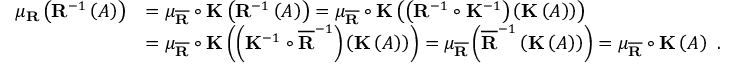
\begin{array} { r l } { \mu _ { \mathbf { R } } \left( \mathbf { R } ^ { - 1 } \left( A \right) \right) } & { = \mu _ { \overline { { \mathbf { R } } } } \circ \mathbf { K } \left( \mathbf { R } ^ { - 1 } \left( A \right) \right) = \mu _ { \overline { { \mathbf { R } } } } \circ \mathbf { K } \left( \left( \mathbf { R } ^ { - 1 } \circ \mathbf { K } ^ { - 1 } \right) \left( \mathbf { K } \left( A \right) \right) \right) } \\ & { = \mu _ { \overline { { \mathbf { R } } } } \circ \mathbf { K } \left( \left( \mathbf { K } ^ { - 1 } \circ \overline { { \mathbf { R } } } ^ { - 1 } \right) \left( \mathbf { K } \left( A \right) \right) \right) = \mu _ { \overline { { \mathbf { R } } } } \left( \overline { { \mathbf { R } } } ^ { - 1 } \left( \mathbf { K } \left( A \right) \right) \right) = \mu _ { \overline { { \mathbf { R } } } } \circ \mathbf { K } \left( A \right) \ . } \end{array}